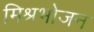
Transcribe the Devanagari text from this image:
मिश्रभोजन